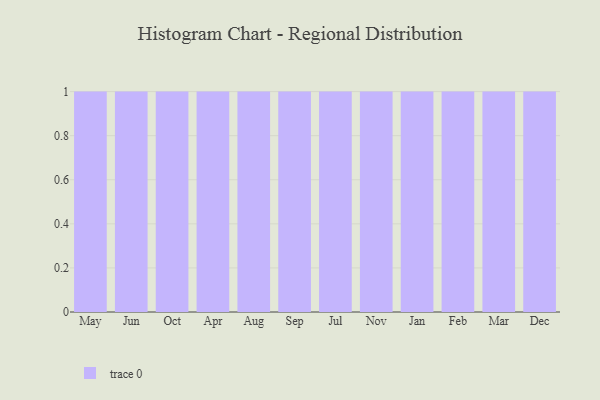
{"axis": {"x": "Month", "y": "Latency (ms)"}, "legend": [""], "data": [{"x": "May", "y": 19, "type": ""}, {"x": "Jun", "y": 32, "type": ""}, {"x": "Oct", "y": 69, "type": ""}, {"x": "Apr", "y": 87, "type": ""}, {"x": "Aug", "y": 91, "type": ""}, {"x": "Sep", "y": 38, "type": ""}, {"x": "Jul", "y": 32, "type": ""}, {"x": "Nov", "y": 40, "type": ""}, {"x": "Jan", "y": 19, "type": ""}, {"x": "Feb", "y": 96, "type": ""}, {"x": "Mar", "y": 13, "type": ""}, {"x": "Dec", "y": 89, "type": ""}]}